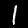
Digit: 1